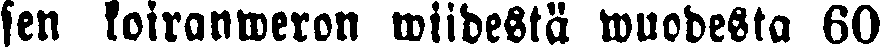
sen koiranweron wiidestä wuodesta 60